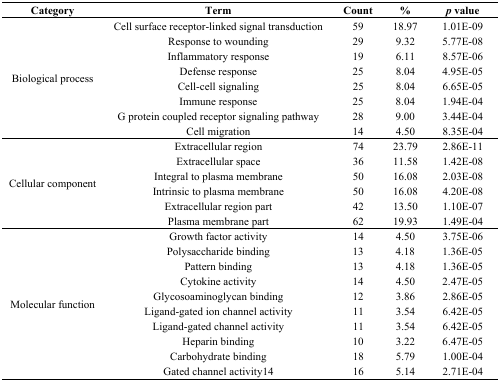
<table><thead><tr><td><b>Category</b></td><td><b>Term</b></td><td><b>Count</b></td><td><b>%</b></td><td><b><i>p</i> value</b></td></tr></thead><tbody><tr><td rowspan="8">Biological process</td><td>Cell surface receptor-linked signal transduction</td><td>59</td><td>18.97</td><td>1.01E-09</td></tr><tr><td>Response to wounding</td><td>29</td><td>9.32</td><td>5.77E-08</td></tr><tr><td>Inflammatory response</td><td>19</td><td>6.11</td><td>8.57E-06</td></tr><tr><td>Defense response</td><td>25</td><td>8.04</td><td>4.95E-05</td></tr><tr><td>Cell-cell signaling</td><td>25</td><td>8.04</td><td>6.65E-05</td></tr><tr><td>Immune response</td><td>25</td><td>8.04</td><td>1.94E-04</td></tr><tr><td>G protein coupled receptor signaling pathway</td><td>28</td><td>9.00</td><td>3.44E-04</td></tr><tr><td>Cell migration</td><td>14</td><td>4.50</td><td>8.35E-04</td></tr><tr><td rowspan="6">Cellular component</td><td>Extracellular region</td><td>74</td><td>23.79</td><td>2.86E-11</td></tr><tr><td>Extracellular space</td><td>36</td><td>11.58</td><td>1.42E-08</td></tr><tr><td>Integral to plasma membrane</td><td>50</td><td>16.08</td><td>2.03E-08</td></tr><tr><td>Intrinsic to plasma membrane</td><td>50</td><td>16.08</td><td>4.20E-08</td></tr><tr><td>Extracellular region part</td><td>42</td><td>13.50</td><td>1.10E-07</td></tr><tr><td>Plasma membrane part</td><td>62</td><td>19.93</td><td>1.49E-04</td></tr><tr><td rowspan="10">Molecular function</td><td>Growth factor activity</td><td>14</td><td>4.50</td><td>3.75E-06</td></tr><tr><td>Polysaccharide binding</td><td>13</td><td>4.18</td><td>1.36E-05</td></tr><tr><td>Pattern binding</td><td>13</td><td>4.18</td><td>1.36E-05</td></tr><tr><td>Cytokine activity</td><td>14</td><td>4.50</td><td>2.47E-05</td></tr><tr><td>Glycosoaminoglycan binding</td><td>12</td><td>3.86</td><td>2.86E-05</td></tr><tr><td>Ligand-gated ion channel activity</td><td>11</td><td>3.54</td><td>6.42E-05</td></tr><tr><td>Ligand-gated channel activity</td><td>11</td><td>3.54</td><td>6.42E-05</td></tr><tr><td>Heparin binding</td><td>10</td><td>3.22</td><td>6.47E-05</td></tr><tr><td>Carbohydrate binding</td><td>18</td><td>5.79</td><td>1.00E-04</td></tr><tr><td>Gated channel activity14</td><td>16</td><td>5.14</td><td>2.71E-04</td></tr></tbody></table>